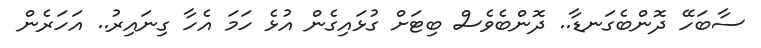
ސާބަހޭ ދޮންބެގަނޑާ.. ދޮންބެވެސް ބިޓަށް ގުޅައިގެން އުޅެ ހަމަ އެހާ ގިނައިރު.. އަހަރެން